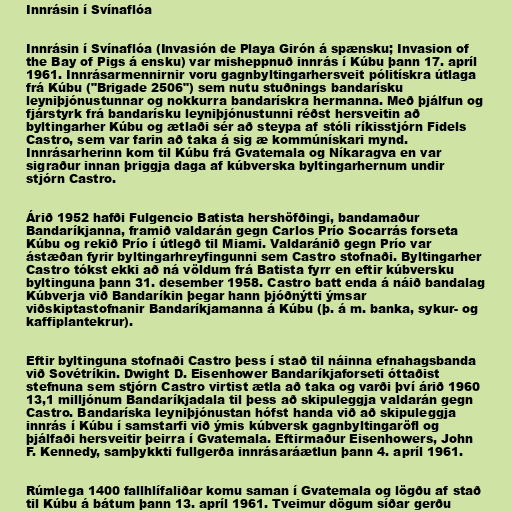
Innrásin í Svínaflóa

Innrásin í Svínaflóa (Invasión de Playa Girón á spænsku; Invasion of
the Bay of Pigs á ensku) var misheppnuð innrás í Kúbu þann 17. apríl
1961. Innrásarmennirnir voru gagnbyltingarhersveit pólitískra útlaga
frá Kúbu ("Brigade 2506") sem nutu stuðnings bandarísku
leyniþjónustunnar og nokkurra bandarískra hermanna. Með þjálfun og
fjárstyrk frá bandarísku leyniþjónustunni réðst hersveitin að
byltingarher Kúbu og ætlaði sér að steypa af stóli ríkisstjórn Fidels
Castro, sem var farin að taka á sig æ kommúnískari mynd.
Innrásarherinn kom til Kúbu frá Gvatemala og Níkaragva en var
sigraður innan þriggja daga af kúbverska byltingarhernum undir
stjórn Castro.

Árið 1952 hafði Fulgencio Batista hershöfðingi, bandamaður
Bandaríkjanna, framið valdarán gegn Carlos Prío Socarrás forseta
Kúbu og rekið Prío í útlegð til Miami. Valdaránið gegn Prío var
ástæðan fyrir byltingarhreyfingunni sem Castro stofnaði. Byltingarher
Castro tókst ekki að ná völdum frá Batista fyrr en eftir kúbversku
byltinguna þann 31. desember 1958. Castro batt enda á náið bandalag
Kúbverja við Bandaríkin þegar hann þjóðnýtti ýmsar
viðskiptastofnanir Bandaríkjamanna á Kúbu (þ. á m. banka, sykur- og
kaffiplantekrur).

Eftir byltinguna stofnaði Castro þess í stað til náinna efnahagsbanda
við Sovétríkin. Dwight D. Eisenhower Bandaríkjaforseti óttaðist
stefnuna sem stjórn Castro virtist ætla að taka og varði því árið 1960
13,1 milljónum Bandaríkjadala til þess að skipuleggja valdarán gegn
Castro. Bandaríska leyniþjónustan hófst handa við að skipuleggja
innrás í Kúbu í samstarfi við ýmis kúbversk gagnbyltingaröfl og
þjálfaði hersveitir þeirra í Gvatemala. Eftirmaður Eisenhowers, John
F. Kennedy, samþykkti fullgerða innrásaráætlun þann 4. apríl 1961.

Rúmlega 1400 fallhlífaliðar komu saman í Gvatemala og lögðu af stað
til Kúbu á bátum þann 13. apríl 1961. Tveimur dögum síðar gerðu